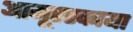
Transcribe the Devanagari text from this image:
आमूरस्काया